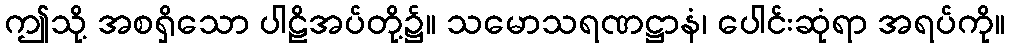
ဤသို့ အစရှိသော ပါဠိအပ်တို့၌။ သမောသရဏဋ္ဌာနံ၊ ပေါင်းဆုံရာ အရပ်ကို။